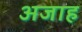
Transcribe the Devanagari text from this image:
अजाह